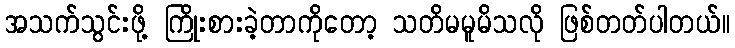
အသက်သွင်းဖို့ ကြိုးစားခဲ့တာကိုတော့ သတိမမူမိသလို ဖြစ်တတ်ပါတယ်။